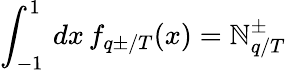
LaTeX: \int_{-1}^{1}\, dx\, f_{q\pm/T}(x)=\mathbb{N}_{q/T}^{\pm}